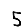
Digit: 5